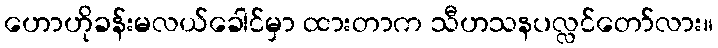
ဟောဟိုခန်းမလယ်ခေါင်မှာ ထားတာက သီဟသနပလ္လင်တော်လား။